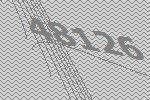
48126